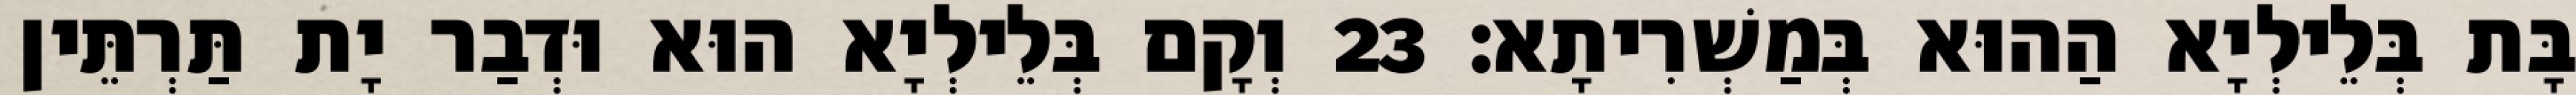
בָּת בְּלֵילְיָא הַהוּא בְּמַשְׁרִיתָא׃ 23 וְקָם בְּלֵילְיָא הוּא וּדְבַר יָת תַּרְתֵּין